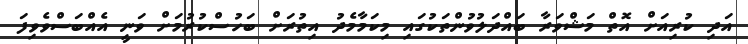
އަދި ކުރިއަށް އޮތް މަޝްވަރާ ބައްދަލުވުންތަކުގައި މިކަމާމެދު އިތުރަށް ބަހުސްކުރުމަށް ވަނީ އެއްބަސްވެވިފަ